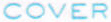
COVER